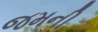
જમની